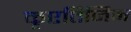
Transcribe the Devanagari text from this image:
कृएतिनिन